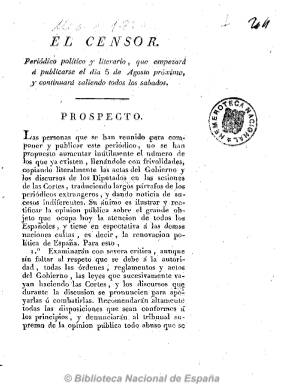
Título: El Censor (Madrid. 1820)
Colección: Periódicos anteriores a 1850
Ámbito geográfico: Madrid
Lugar de publicación: Madrid
Fechas: 01/01/1820-13/07/1822

Considerada como una publicación de excepcional calidad y la de más prestigio del Trienio Liberal, formalmente se la define como una revista, dada la amplitud de sus números, en torno a las ochenta páginas cada uno. Es fundada por el impresor y editor León Amarita y dirigida por el afrancesado sacerdote Sebastián Miñano, al que se suman en la redacción los también clérigos josefinos y literatos Alberto Lista y José Manuel Gómez Hermosilla, empezando a publicarse a partir del cinco de agosto de 1820, una vez promulga la amnistía política. De carácter constitucionalista, su tendencia es de un liberalismo supermoderado, enmarcado más bien en el despotismo ilustrado, a juicio de María Cruz Seoane.

Esta cabecera, que ya había sido utilizada en el siglo XVIII en el periodismo español, es adoptada ahora con el fin, según su prospecto, de censurar los abusos del poder y rebatir las ideas de otras publicaciones, atacando duramente al El zurriago, el periódico exaltado por excelencia del periodo, y manteniendo una máxima enemistad con El universal, siendo a su vez acusado de estar financiado por manos foráneas, en concreto francesas.

Es un periódico político templado y equilibrado, pero también literario, que va a dar cabida asimismo a un incipiente periodismo costumbrista. Ofrece extensos artículos doctrinales sobre el constitucionalismo, la libertad de imprenta o sobre el papel del clero regular, así como crónicas parlamentarias. Hermosilla se dedicará más a los textos políticos, mientras que Lista será el autor de la mayor parte de los artículos de literatura dramática y crítica literaria y teatral, siendo claro defensor del neoclasicismo a ultranza. Asimismo ofrece noticias de otros periódicos. Por su parte, Miñano, que había popularizado el seudónimo de El Pobrecito Holgazán, será el autor de unas ‘Cartas del madrileño”, ocupándose de la parte satírica y crítica del absolutismo.

Estuvo apareciendo cada sábado, hasta que publica su último número el 13 de julio de 1822 al entender sus artífices la dificultad de seguir editándolo por la exasperación de los ánimos y la agitación política que sigue al fallido golpe de Estado absolutista del día siete.